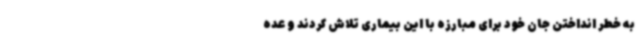
به خطر انداختن جان خود برای مبارزه با این بیماری تلاش کردند و عده